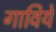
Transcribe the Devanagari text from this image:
गाविये